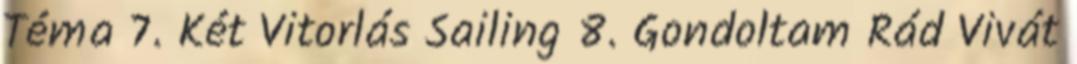
Téma 7. Két Vitorlás Sailing 8. Gondoltam Rád Vivát